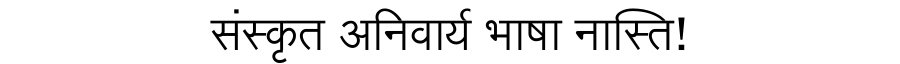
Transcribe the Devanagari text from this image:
संस्कृत अनिवार्य भाषा नास्ति!